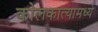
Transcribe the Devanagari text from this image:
कोलकात्यामध्ये